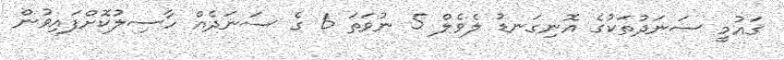
ޤައުމީ ސަނަދުތަކުގެ އޮނިގަނޑު ލެވެލް 5 ނުވަތަ 6 ގެ ސަނަދެއް ހާސިލުކޮށްފައިވުން